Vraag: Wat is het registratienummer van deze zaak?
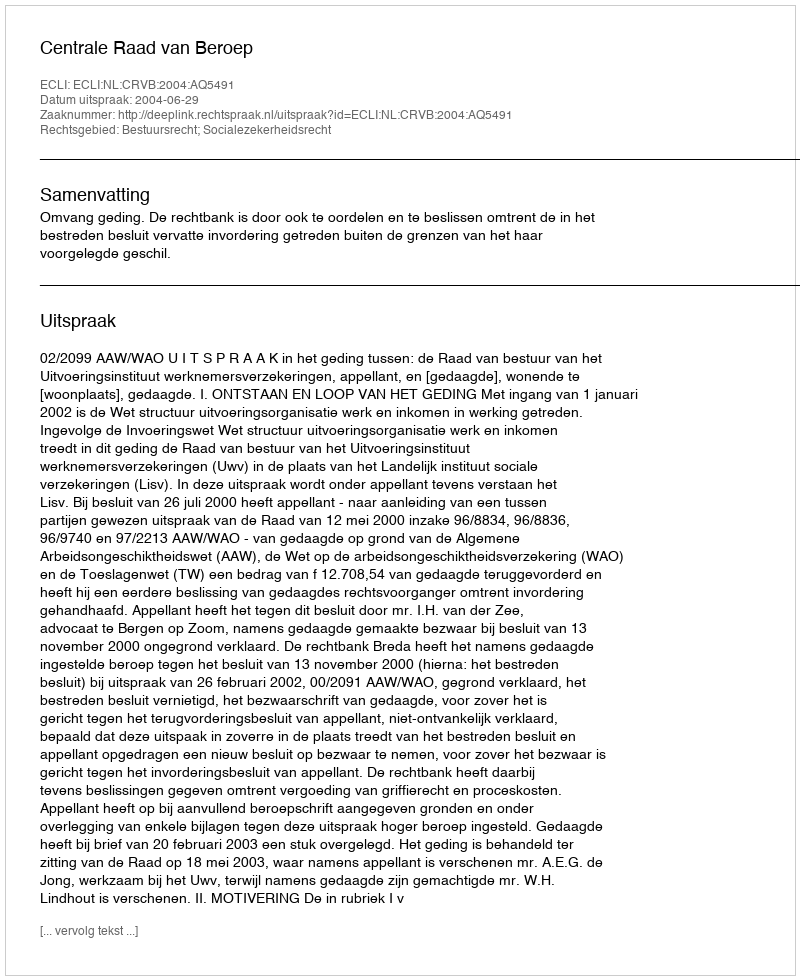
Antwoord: http://deeplink.rechtspraak.nl/uitspraak?id=ECLI:NL:CRVB:2004:AQ5491